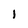
Character: l